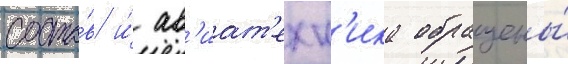
соста́в и́ ав'иат'ехн'ика обращены́